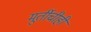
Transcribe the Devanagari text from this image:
मूर्तीचीही